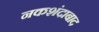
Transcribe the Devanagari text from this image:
नकशंदाबाद